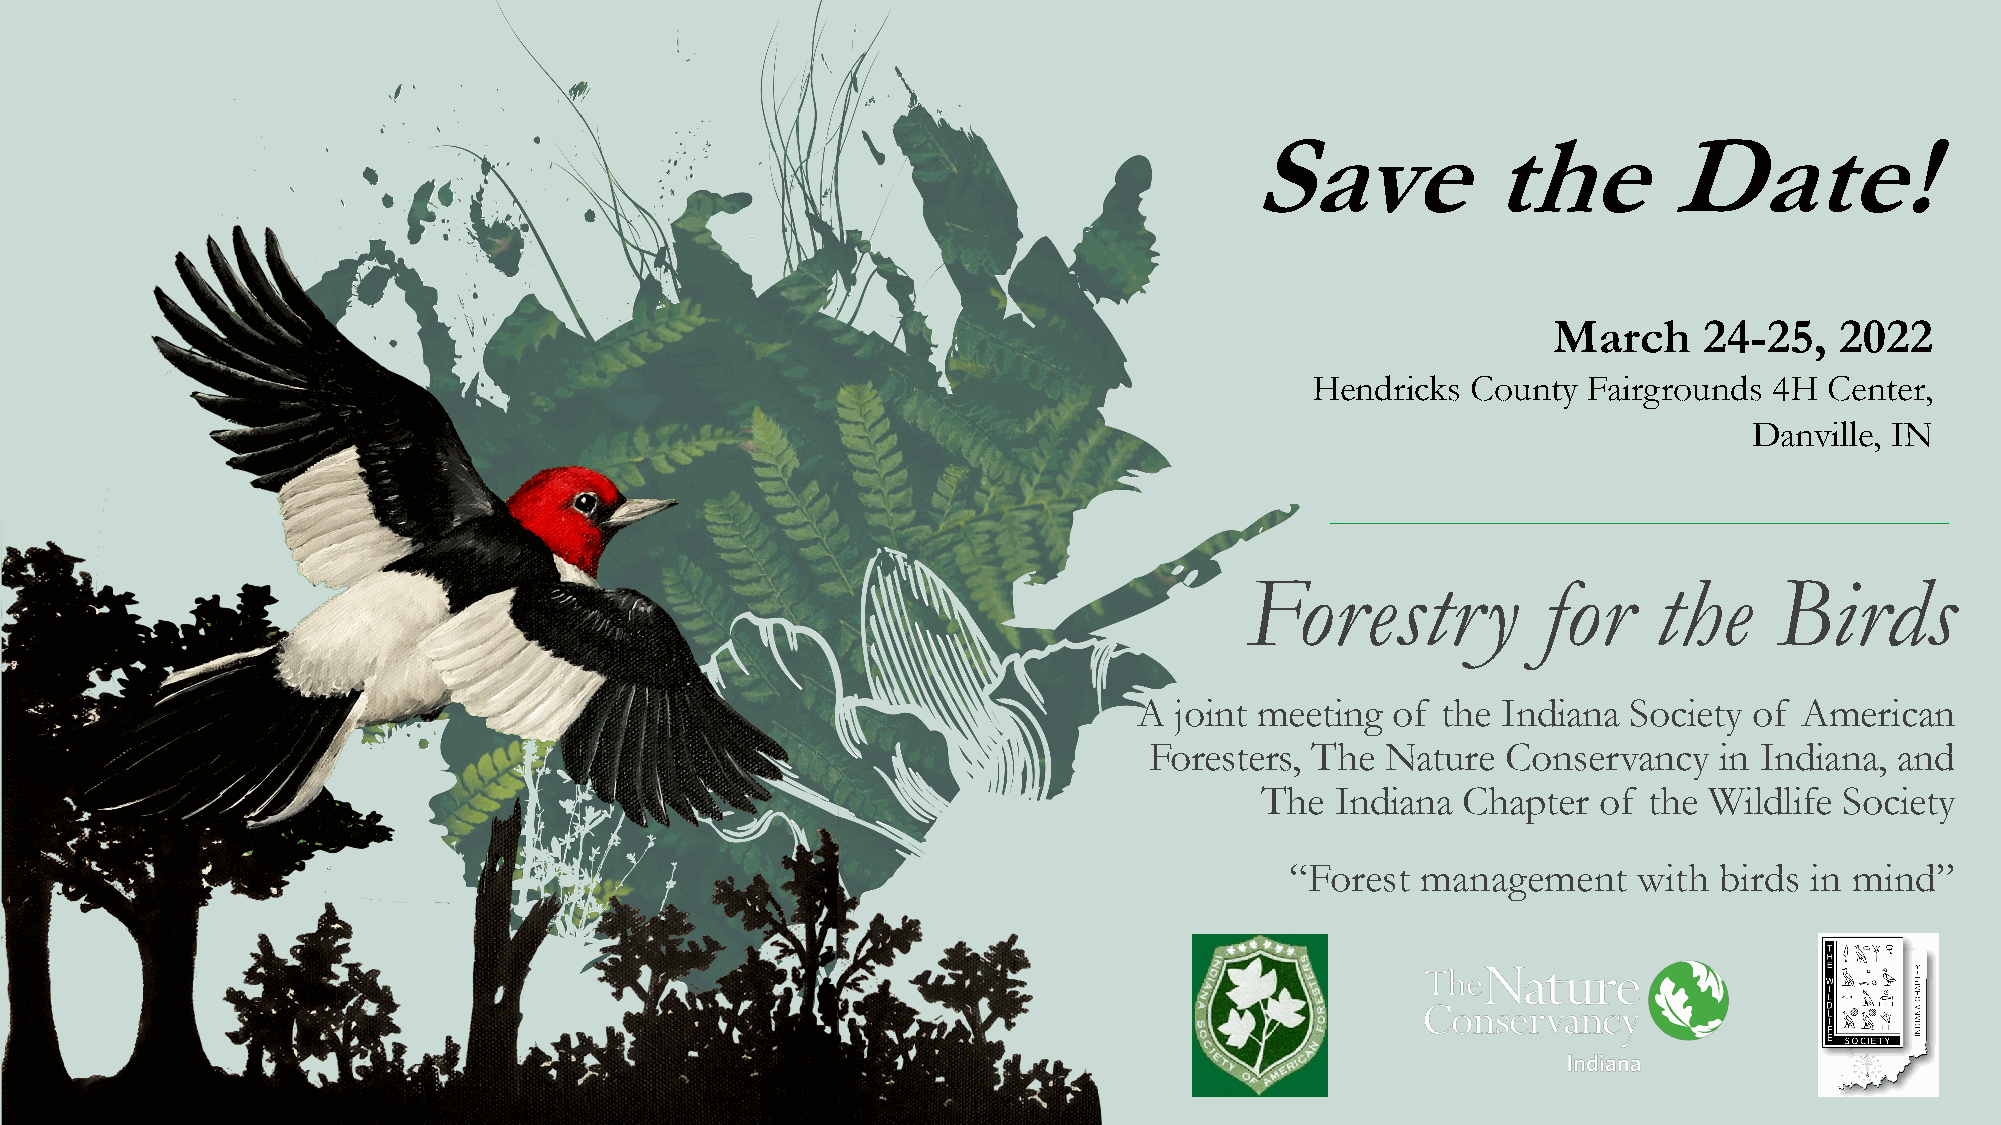
Save            the         Date!
 March     24-25,   2022
 Hendricks County  Fairgrounds 4H  Center,
 Danville, IN
 Forestry            for    the     Birds
 A  joint meeting of the Indiana  Society of American
 Foresters, The  Nature  Conservancy   in Indiana, and
 The  Indiana  Chapter  of the Wildlife Society
 “Forest  management    with  birds in mind”